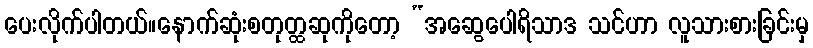
ပေးလိုက်ပါတယ်။နောက်ဆုံးစတုတ္ထဆုကိုတော့ “အဆွေပေါရိသာဒ သင်ဟာ လူသားစားခြင်းမှ